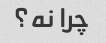
چرا نه؟